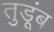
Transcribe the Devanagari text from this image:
तुडूंब